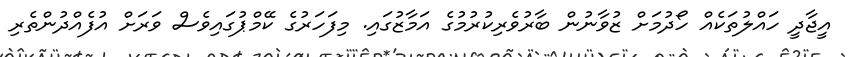
އީޖާދީ ހައްލުތަކެއް ހޯދުމަށް ޒުވާނުން ބާރުވެރިކުރުމުގެ އަމާޒުގައި. މިފަހަރުގެ ކޭމްޕުގައިވެސް ވަރަށް އުފެއްދުންތެރި